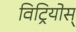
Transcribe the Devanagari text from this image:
विट्रियोस्